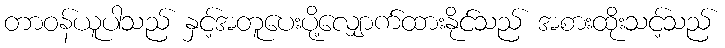
တာဝန်ယူပါသည် နှင့်အတူပေးပို့လျှောက်ထားနိုင်သည် အစားထိုးသင့်သည်